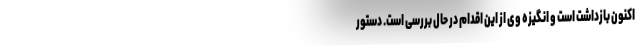
اکنون بازداشت است و انگیزه وی از این اقدام در حال بررسی است. دستور